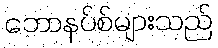
ဘောနပ်စ်များသည်